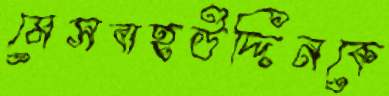
মেসবাহউদ্দিনকে